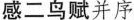
感二鸟赋并序